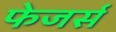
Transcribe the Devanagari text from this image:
फेजर्स